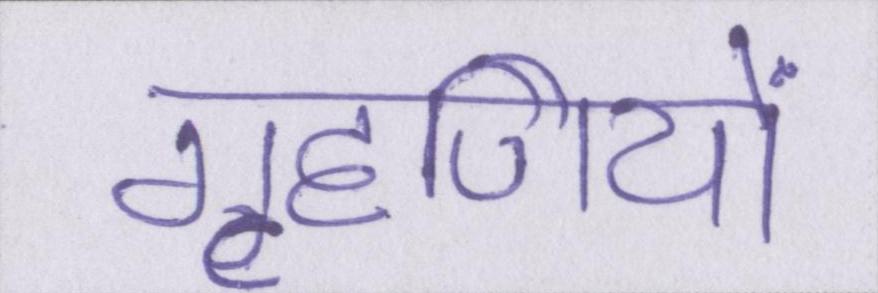
गृहणियों